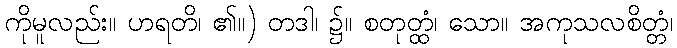
ကိုမူလည်း။ ဟရတိ၊ ၏။) တဒါ၊ ၌။ စတုတ္ထံ၊ သော။ အကုသလစိတ္တံ၊